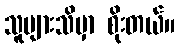
သူများသိမှာ စိုးတယ်။